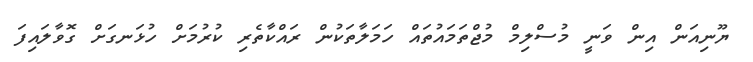
ޔޫނިއަން އިން ވަނީ މުސްލިމް މުޖްތަމައުތައް ހަމަލާތަކުން ރައްކާތެރި ކުރުމަށް ހުޅަނގަށް ގޮވާލައިފަ